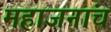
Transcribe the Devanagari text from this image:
महाजनांचं